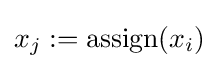
x_{j}:=\operatorname {assign} (x_{i})